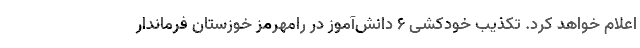
اعلام خواهد کرد. تکذیب خودکشی 6 دانش‌آموز در رامهرمز خوزستان فرماندار